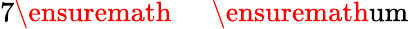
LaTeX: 7\ensuremath{\mathrm{~\textrm~{~\, ~}~}}\ensuremath{\mathrm{um}}